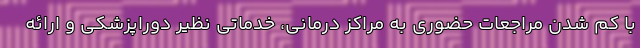
با کم شدن مراجعات حضوری به مراکز درمانی، خدماتی نظیر دوراپزشکی و ارائه